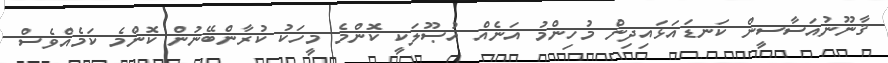
ޤާނޫނުއަސާސީން ކަނޑައަޅައިދިން މުހިންމު އަނެއް އުޞޫލަކީ ކޮންމެ މީހަކު ކުރާންބޭނުން ކޮންމެ ކަމެއްވެސް